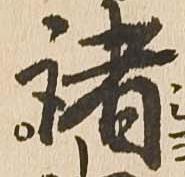
諸